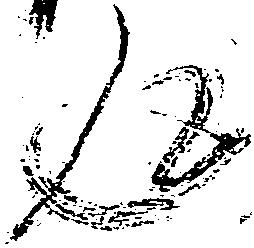
返